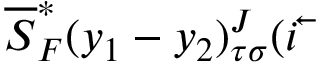
\overline { { { S } } } _ { F } ^ { * } ( y _ { 1 } - y _ { 2 } ) _ { \tau \sigma } ^ { J } ( i \overleftarrow { { \bf \partial } }